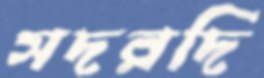
সদরদি